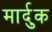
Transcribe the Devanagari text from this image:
मार्दुक